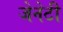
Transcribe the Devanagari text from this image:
जेनेटी